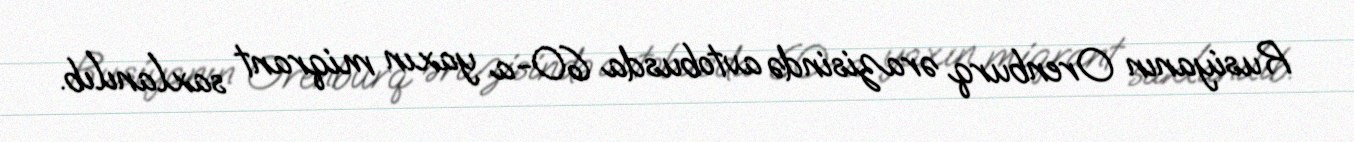
Rusiyanın Orenburq ərazisində avtobusda 60-a yaxın miqrant saxlanılıb.